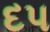
દપ